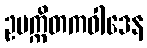
ဥပက္ကိတကဝါဒေန